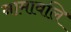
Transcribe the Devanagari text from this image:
नामावलि